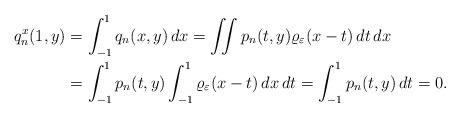
LaTeX: \begin{align*}q_n^x(1, y) &= \int_{-1}^1 q_n(x, y)\, dx= \iint p_n(t, y) \varrho _\varepsilon(x - t)\, dt\, dx \\&=\int_{-1}^1 p_n(t, y) \int_{-1}^1 \varrho_\varepsilon(x - t)\, dx\, dt= \int_{-1}^1 p_n(t, y)\, dt = 0.\end{align*}